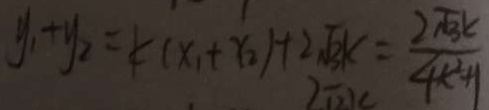
y _ { 1 } + y _ { 2 } = k ( x _ { 1 } + x _ { 2 } ) + 2 \sqrt { 3 } k = \frac { 2 \sqrt { 3 } k } { 4 k ^ { 2 } + 1 }